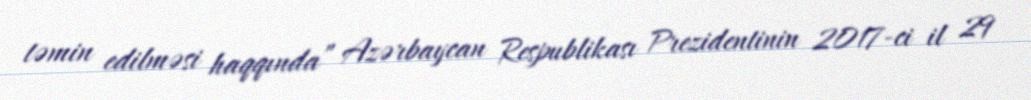
təmin edilməsi haqqında” Azərbaycan Respublikası Prezidentinin 2017-ci il 29